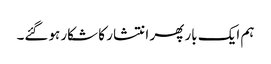
ہم ایک بار پھر انتشار کا شکار ہوگئے۔